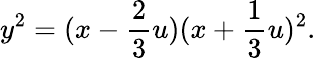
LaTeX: y^{2}=(x-\frac{2}{3}u)(x+\frac{1}{3}u)^{2}.